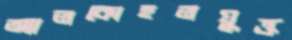
অ্যালকোহলযুক্ত